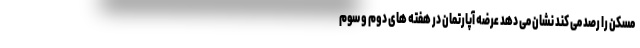
مسکن را رصد می کند نشان می دهد عرضه آپارتمان در هفته های دوم و سوم